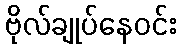
ဗိုလ်ချုပ်နေဝင်း